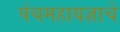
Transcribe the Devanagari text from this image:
पंचमहायज्ञाचे